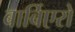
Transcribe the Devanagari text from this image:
बार्बिएरो